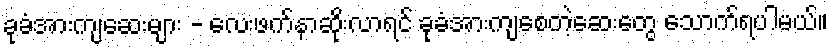
ခုခံအားကျဆေးများ - လေးဖက်နာဆိုးလာရင် ခုခံအားကျစေတဲ့ဆေးတွေ သောက်ရပါမယ်။